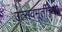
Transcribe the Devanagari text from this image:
उत्सवमूर्तीच्या